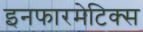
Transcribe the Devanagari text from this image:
इनफारमेटिक्स